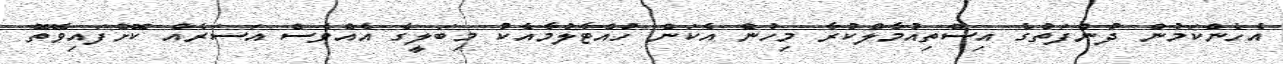
އެހެންކަމުން ދުންފަތުގެ އިސްތިއުމާލްކުރާ މިހުން އެކަން ހުއްޓާލުމާއެކު މިބަލީގެ އެއްވެސް އަސަރެއް ކޮށްފައިވޭތޮ